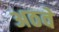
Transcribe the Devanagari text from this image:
अठवे